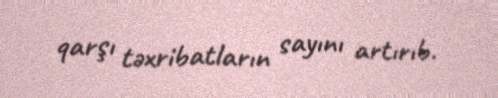
qarşı təxribatların sayını artırıb.